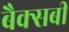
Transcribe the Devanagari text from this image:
बैक्सबी